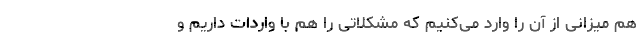
هم میزانی از آن را وارد می‌کنیم که مشکلاتی را هم با واردات داریم و